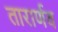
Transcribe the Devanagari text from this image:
तारार्णव